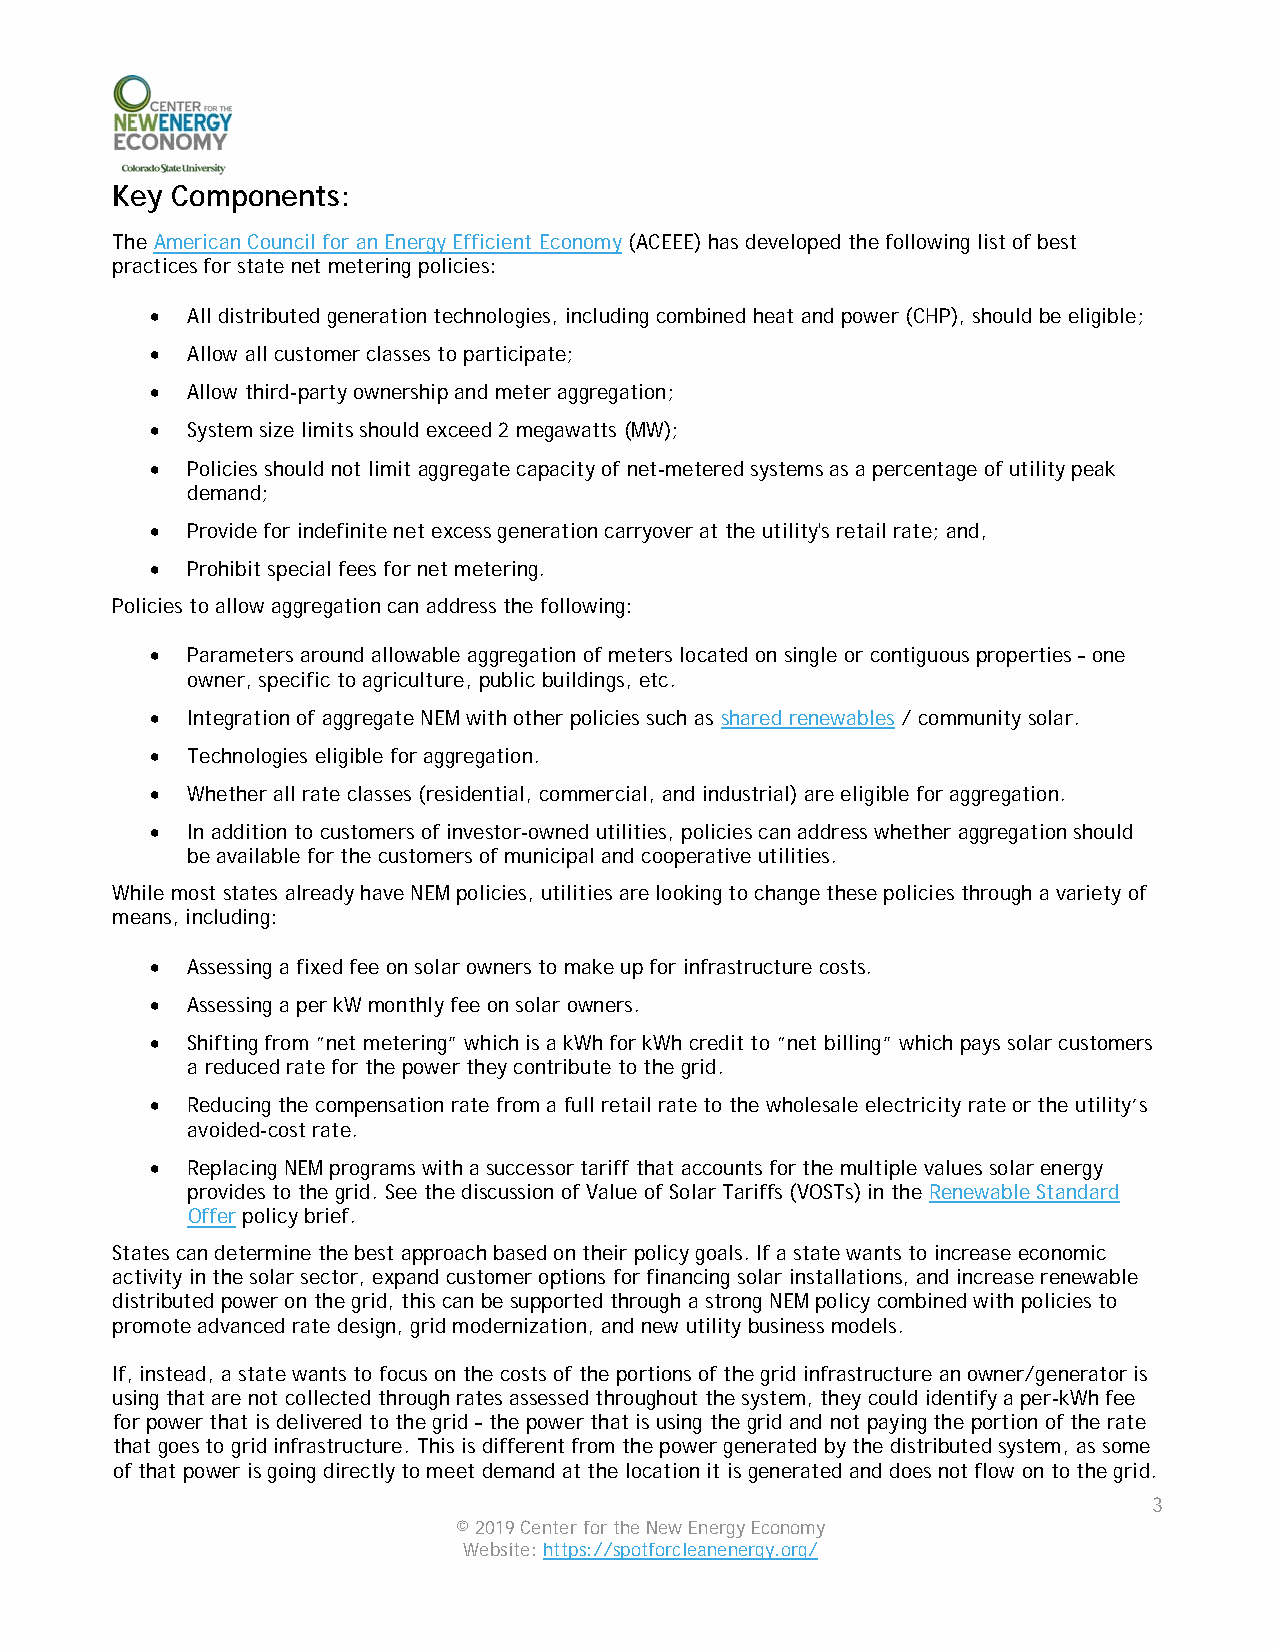
Key Components:
 The American Council for an Energy Efficient Economy (ACEEE) has developed the following list of best
 practices for state net metering policies:
 • All distributed generation technologies, including combined heat and power (CHP), should be eligible;
 • Allow all customer classes to participate;
 • Allow third-party ownership and meter aggregation;
 • System size limits should exceed 2 megawatts (MW);
 • Policies should not limit aggregate capacity of net-metered systems as a percentage of utility peak
 demand;
 • Provide for indefinite net excess generation carryover at the utility's retail rate; and,
 • Prohibit special fees for net metering.
 Policies to allow aggregation can address the following:
 • Parameters around allowable aggregation of meters located on single or contiguous properties – one
 owner, specific to agriculture, public buildings, etc.
 • Integration of aggregate NEM with other policies such as shared renewables / community solar.
 • Technologies eligible for aggregation.
 • Whether all rate classes (residential, commercial, and industrial) are eligible for aggregation.
 • In addition to customers of investor-owned utilities, policies can address whether aggregation should
 be available for the customers of municipal and cooperative utilities.
 While most states already have NEM policies, utilities are looking to change these policies through a variety of
 means, including:
 • Assessing a fixed fee on solar owners to make up for infrastructure costs.
 • Assessing a per kW monthly fee on solar owners.
 • Shifting from “net metering” which is a kWh for kWh credit to “net billing” which pays solar customers
 a reduced rate for the power they contribute to the grid.
 • Reducing the compensation rate from a full retail rate to the wholesale electricity rate or the utility’s
 avoided-cost rate.
 • Replacing NEM programs with a successor tariff that accounts for the multiple values solar energy
 provides to the grid. See the discussion of Value of Solar Tariffs (VOSTs) in the Renewable Standard
 Offer policy brief.
 States can determine the best approach based on their policy goals. If a state wants to increase economic
 activity in the solar sector, expand customer options for financing solar installations, and increase renewable
 distributed power on the grid, this can be supported through a strong NEM policy combined with policies to
 promote advanced rate design, grid modernization, and new utility business models.
 If, instead, a state wants to focus on the costs of the portions of the grid infrastructure an owner/generator is
 using that are not collected through rates assessed throughout the system, they could identify a per-kWh fee
 for power that is delivered to the grid – the power that is using the grid and not paying the portion of the rate
 that goes to grid infrastructure. This is different from the power generated by the distributed system, as some
 of that power is going directly to meet demand at the location it is generated and does not flow on to the grid.
 3
 © 2019 Center for the New Energy Economy
 Website: https://spotforcleanenergy.org/